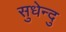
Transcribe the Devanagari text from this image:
सुधेन्दु